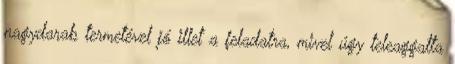
nagydarab termetével jó illet a feladatra, mivel úgy teleaggatta